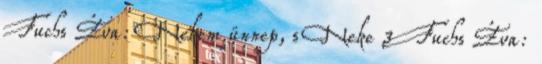
Fuchs Éva: Nekem ünnep, s Neke 3 Fuchs Éva: